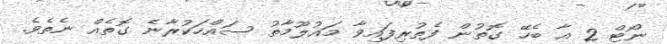
ނޯޓް 2 އާ ބެހޭ ގޮތުން ފެތުރިފައިވާ މައުލޫމާތު ސައްހަކުރާނެ ގޮތެއް ނެތެވެ.